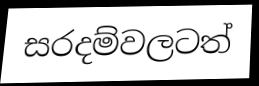
සරදම්වලටත්